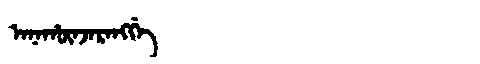
Manchu: ᠠᠨᠠᡥᡡᠨᠵᠠᡵᠠᠩᡤᡝ
Romanization: ANAHŪNJARANGGE